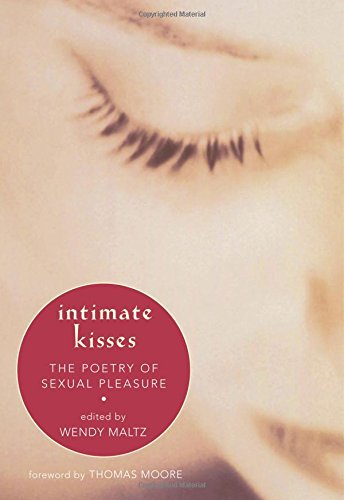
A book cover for Intimate Kisses: The Poetry of Sexual Pleasure; Literature & Fiction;